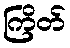
ကြိတ်